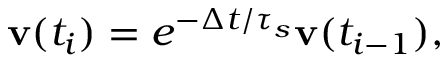
\begin{array} { r } { \mathbf { v } ( t _ { i } ) = e ^ { - \Delta t / \tau _ { s } } \mathbf { v } ( t _ { i - 1 } ) , } \end{array}